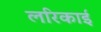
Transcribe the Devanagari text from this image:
लरिकाई